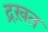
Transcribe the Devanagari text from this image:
द्रख़त